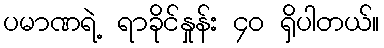
ပမာဏရဲ့ ရာခိုင်နှုန်း ၄၀ ရှိပါတယ်။